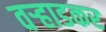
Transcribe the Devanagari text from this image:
वर्‍हाडकर